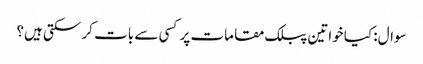
سوال: کیا خواتین پبلک مقامات پر کسی سے بات کر سکتی ہیں؟